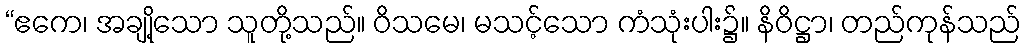
“ဧကေ၊ အချို့သော သူတို့သည်။ ဝိသမေ၊ မသင့်သော ကံသုံးပါး၌။ နိဝိဋ္ဌာ၊ တည်ကုန်သည်